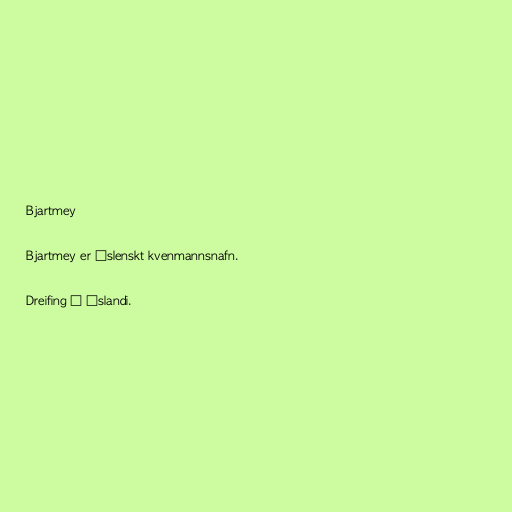
Bjartmey

Bjartmey er íslenskt kvenmannsnafn.

Dreifing á Íslandi.